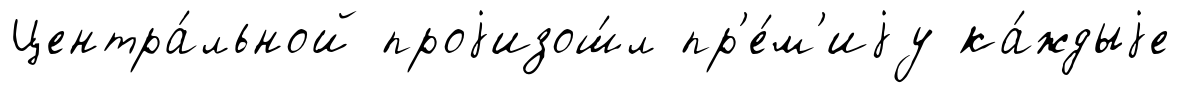
Центра́льной проjизош́л пр'е́м'иjу ка́ждыjе